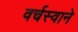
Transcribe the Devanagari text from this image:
वर्चस्वाने